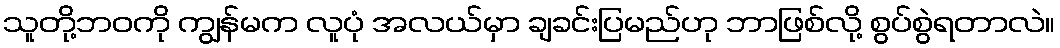
သူတို့ဘဝကို ကျွန်မက လူပုံ အလယ်မှာ ချခင်းပြမည်ဟု ဘာဖြစ်လို့ စွပ်စွဲရတာလဲ။